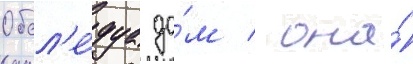
Обсл'е́дуа до́м / она́